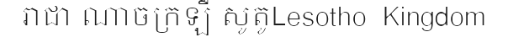
រាជា ណាចក្រឡឺ សូតូLesotho  Kingdom